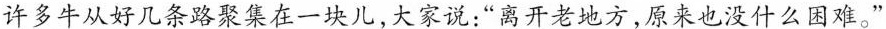
许多牛从好几条路聚集在一块儿，大家说：”离开老地方，原来也没什么困难。”